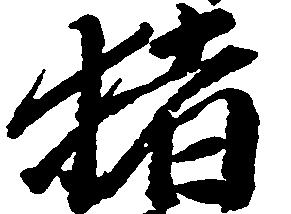
猪